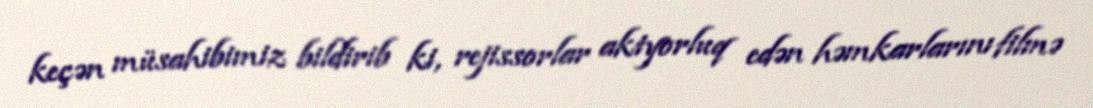
keçən müsahibimiz bildirib ki, rejissorlar aktyorluq edən həmkarlarını filmə